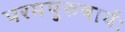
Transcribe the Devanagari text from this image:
परमपुरुषार्थः